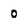
Character: O